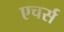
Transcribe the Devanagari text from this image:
एचर्स